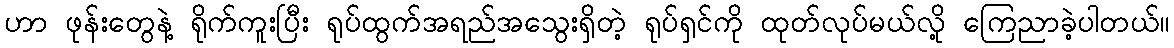
ဟာ ဖုန်းတွေနဲ့ ရိုက်ကူးပြီး ရုပ်ထွက်အရည်အသွေးရှိတဲ့ ရုပ်ရှင်ကို ထုတ်လုပ်မယ်လို့ ကြေညာခဲ့ပါတယ်။